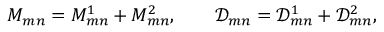
M _ { m n } = M _ { m n } ^ { 1 } + M _ { m n } ^ { 2 } , \qquad \mathcal { D } _ { m n } = \mathcal { D } _ { m n } ^ { 1 } + \mathcal { D } _ { m n } ^ { 2 } ,